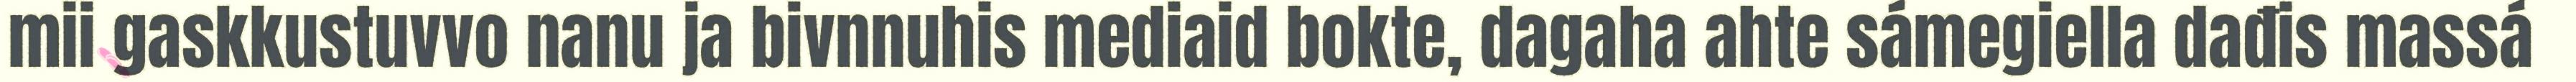
mii gaskkustuvvo nanu ja bivnnuhis mediaid bokte, dagaha ahte sámegiella dađis massá